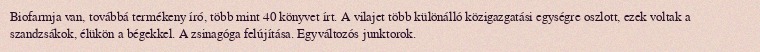
Biofarmja van, továbbá termékeny író, több mint 40 könyvet írt. A vilajet több különálló közigazgatási egységre oszlott, ezek voltak a szandzsákok, élükön a bégekkel. A zsinagóga felújítása. Egyváltozós junktorok.